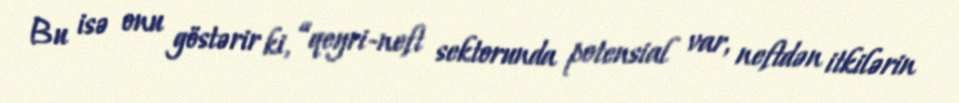
Bu isə onu göstərir ki, “qeyri-neft sektorunda potensial var, neftdən itkilərin